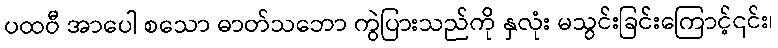
ပထဝီ အာပေါ စသော ဓာတ်သဘော ကွဲပြားသည်ကို နှလုံး မသွင်းခြင်းကြောင့်၎င်း၊